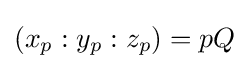
(x_{p}:y_{p}:z_{p})=pQ